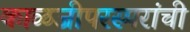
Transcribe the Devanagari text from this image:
काळजीपरस्परांची